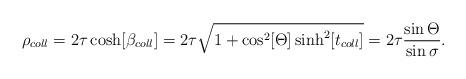
LaTeX: \begin{align*}\rho _{coll}=2\tau \cosh [\beta _{coll}]=2\tau \sqrt{1+\cos ^2[\Theta ]\sinh ^2[t_{coll}]}=2\tau \frac{\sin \Theta }{\sin \sigma }.\end{align*}